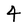
Character: 4